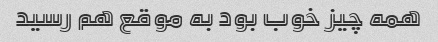
همه چیز خوب بود به موقع هم رسید